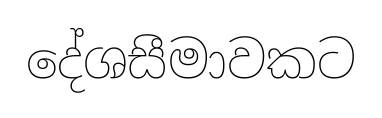
දේශසීමාවකට